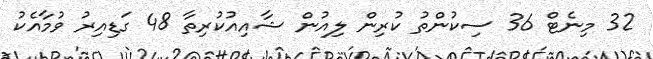
32 މިނެޓް 36 ސިކުންތު ކުރިން ލިއުން ޝާއިއުކުރިތާ 48 ގަޑިއިރު ވުމާއެކު